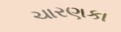
ચારણકા